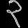
Digit: ၃